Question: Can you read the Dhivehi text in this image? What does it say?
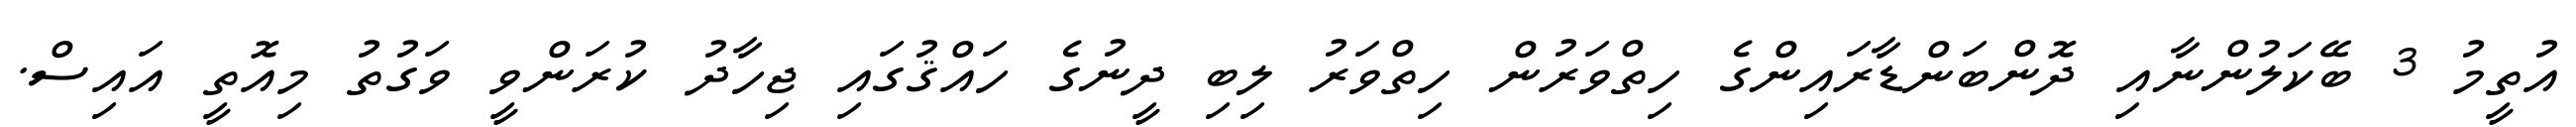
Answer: އުތީމު 3 ބޭކަލުންނާއި ދޮންބަންޑާރައިންގެ ހިތްވަރުން ހިތްވަރު ލިބި ދީނުގެ ހައްޤުގައި ޖިހާދު ކުރަންވީ ވަގުތު މިއޮތީ އައިސް.